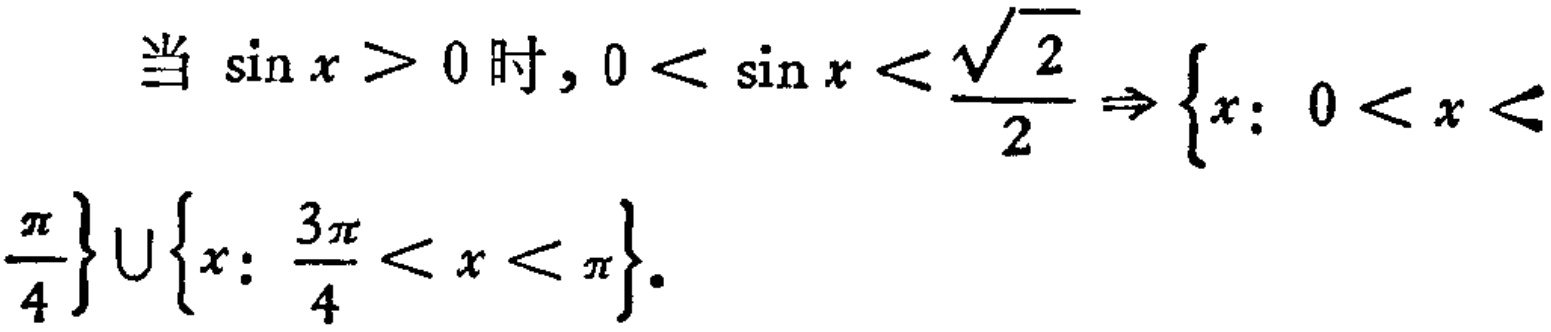
当\(\sin x > 0\)时，\(0 < \sin x < \frac{\sqrt{2}}{2} \Rightarrow \{x: 0 < x < \frac{\pi}{4}\} \cup \{x: \frac{3\pi}{4} < x < \pi\}\)